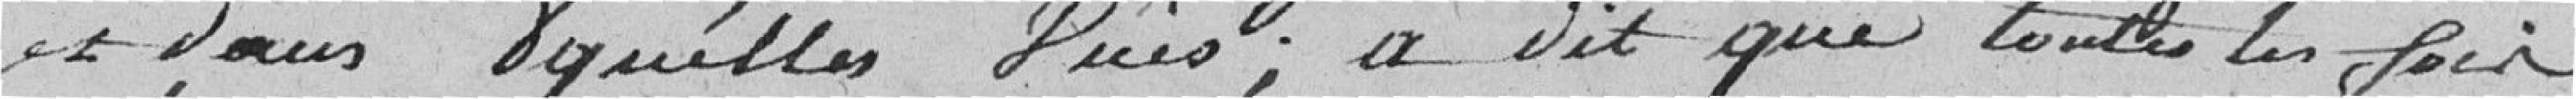
et dans lesquelles vues ; a dit que toutes les fois